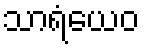
သာရံယေဝ